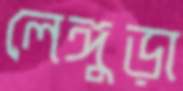
লেঙ্গুড়া